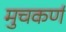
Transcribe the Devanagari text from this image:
मुचकर्ण